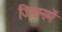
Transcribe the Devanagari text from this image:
जिसनमें